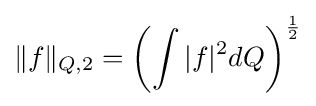
\|f\|_{Q,2}=\left(\int |f|^{2}dQ\right)^{\frac {1}{2}}